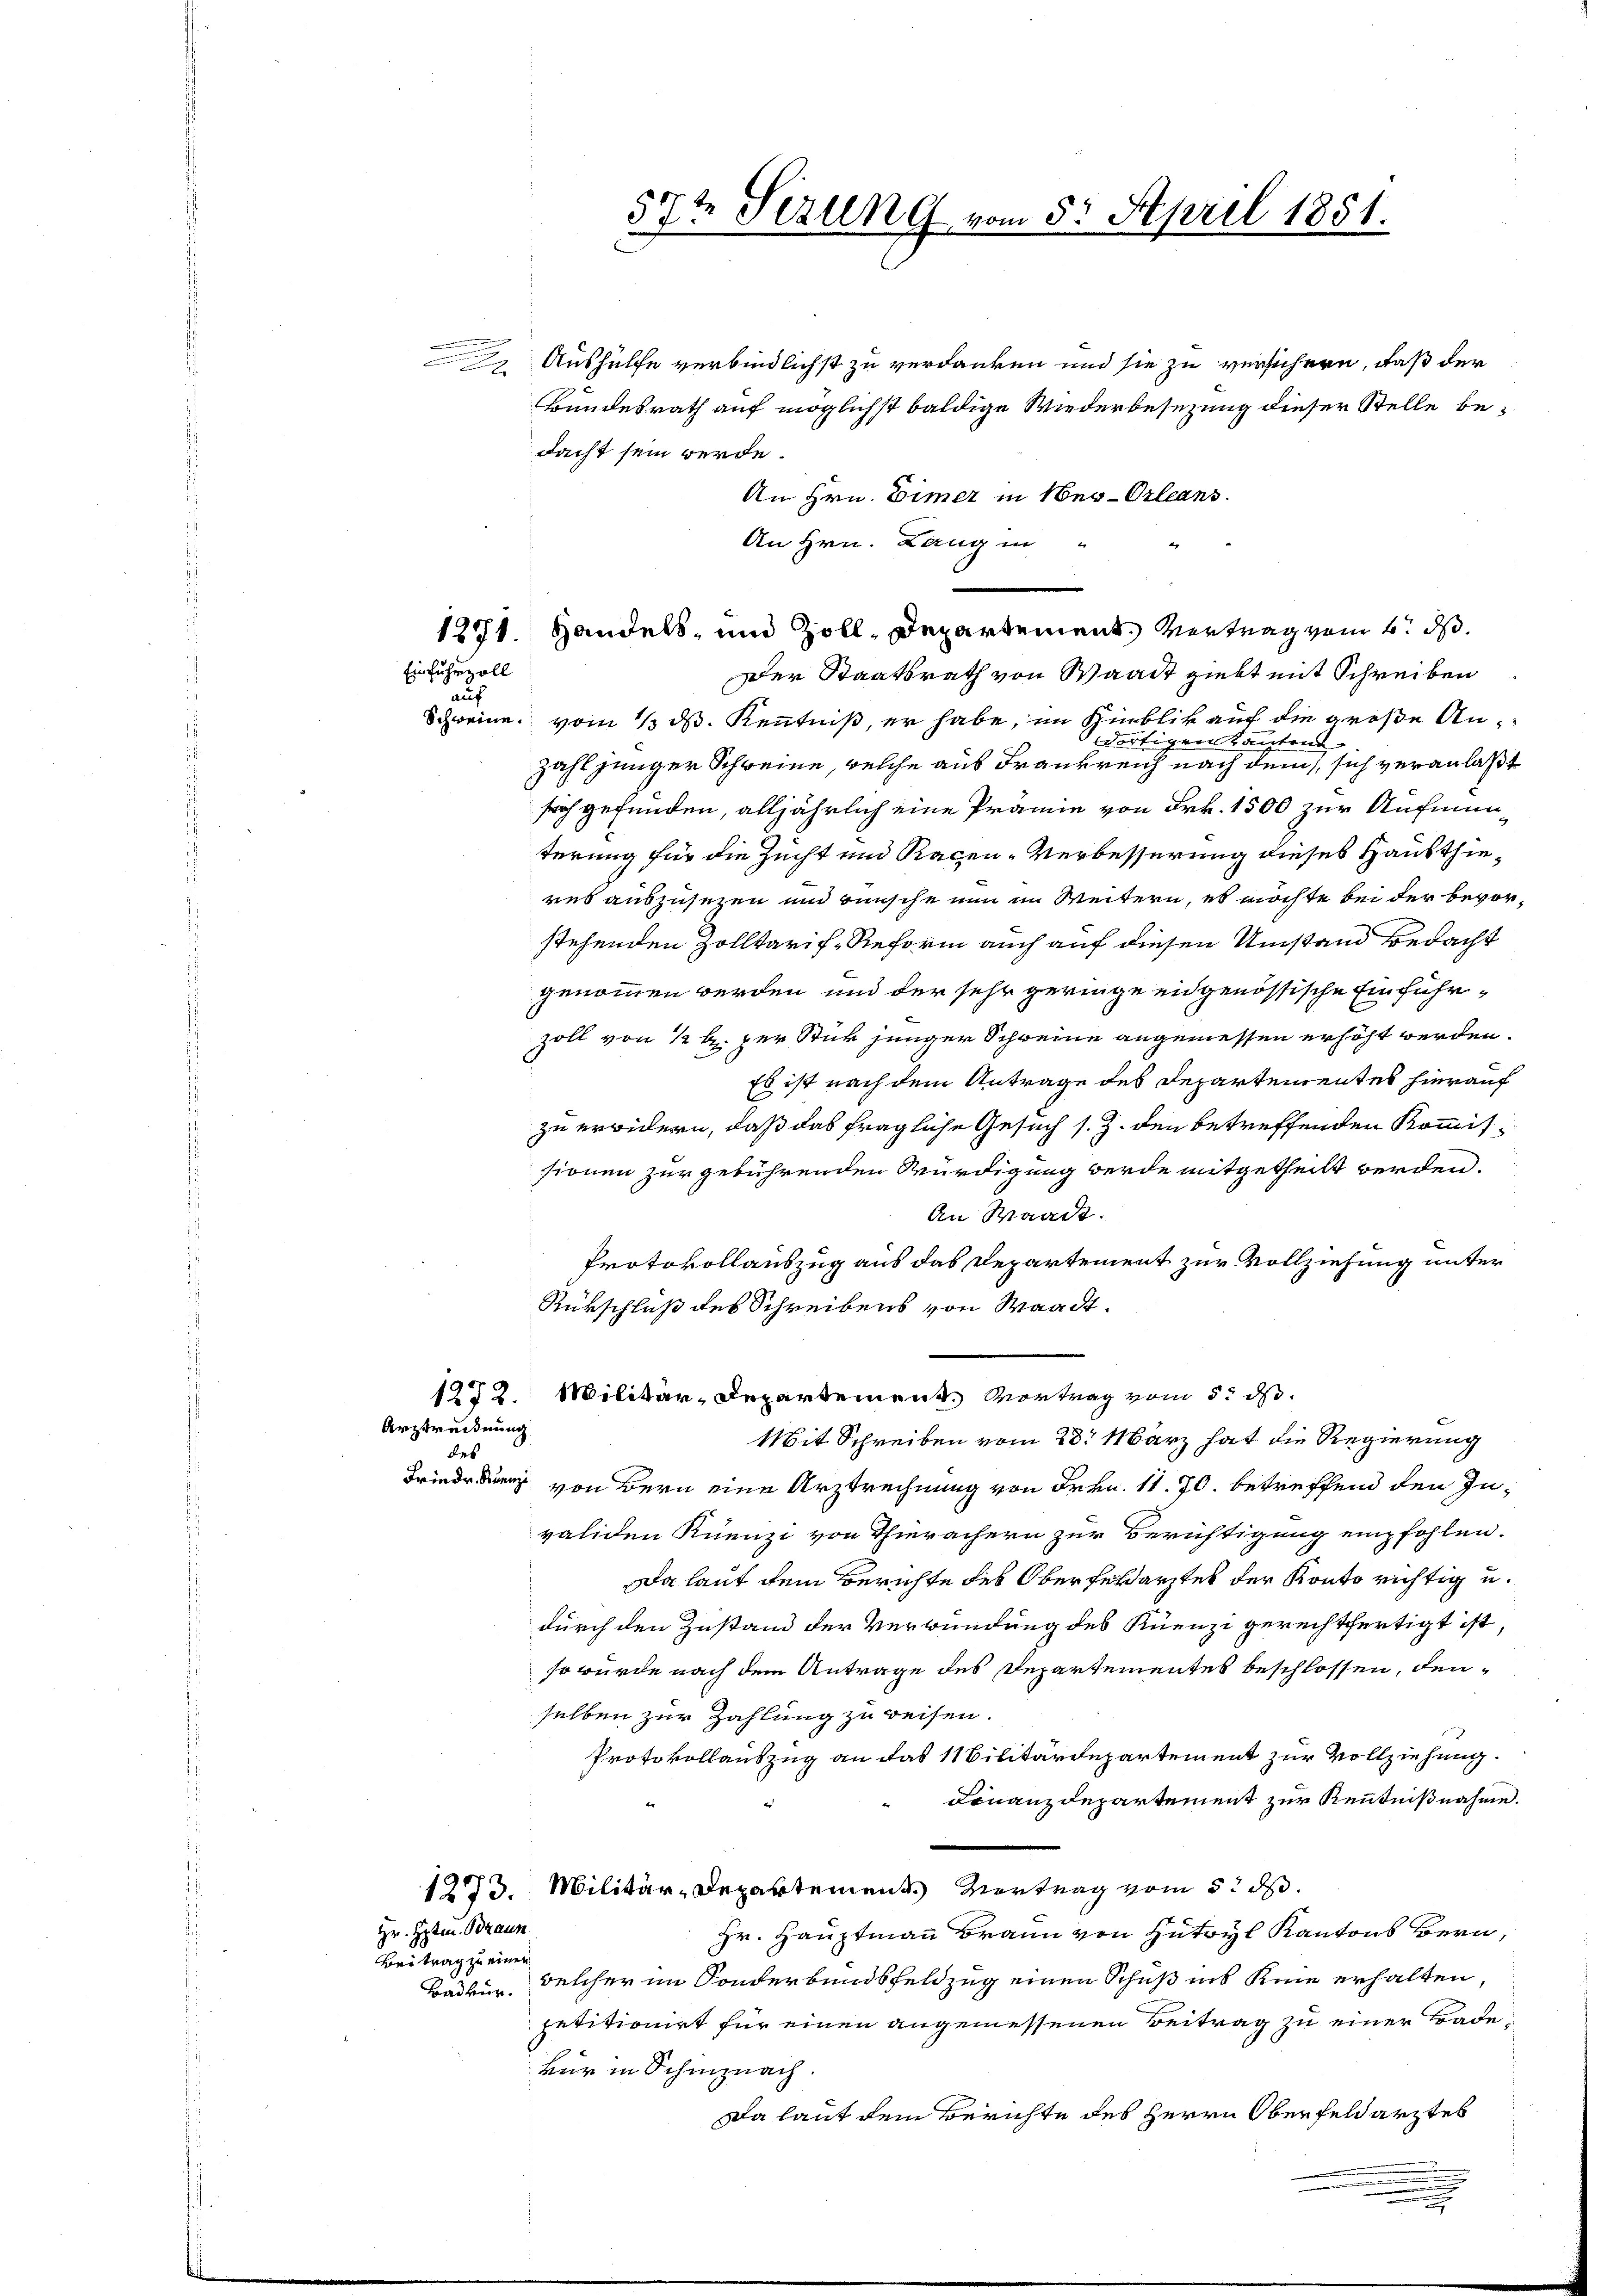
Einfuhrzoll

auf

u
 Aushülfe verbindlichst zu verdanken und sie zu versichern, daß der

Bundesrath auf möglichst baldige Wiederbesezung dieser Stelle bedacht sein werde.
An Hrn. Eimer in Neu-Orleans
Schweine vom 13. ds. Kenntniß, er habe, im Hinblik auf die große Andortigerstautend
zahl junger Schweine, welche aus Frankreich nach dem sich veranlaßt
sich gefunden, alljährlich eine Prämie von Frk. 1500 zur Aufmunterung für die Zucht und Racen-Verbesserung dieses Hausthieres auszusezen und wünsche nun im Weitern, es möchte bei der bevorstehenden Zolltarif-Reform auch auf diesen Umstand bedacht
genommen werden und der sehr geringe eidgenössische Einführzoll von ½ l. per Stick junger Schweine angemessen erhöht werden.
Es ist nach dem Antrage des Departementes hierauf
zu erwidern, daß das fragliche Gesuch s. Z. den betreffenden Kommissionen zur gebührenden Würdigung werde mitgetheilt werden.
An Waadt.
Protokollauszug aus das Departement zur Vollziehung unter
Rükschluß des Schreibens von Waadt.
1272. Militär-Departement. Vortrag vom 5. ds.
Arztreidnung
Mit Schreiben vom 28. März hat die Regierung
des
Friederung von Bern eine Arztrechnung von Frkn. 11. 70. betreffend den Invaliden Kuenzi von Thierächern zur Berüchtigung empfohlen.
Da laut dem Berichte des Oberberarztes der Konto richtig u.
durch den Zustand der Verwundung des Kienzi gerechtfertigt ist,
so würde nach dem Antrage des Departementes beschlossen, denselben zur Zahlung zu weisen.
Protokollauszug an das 11 Bilitärdepartement zur Vollziehung.
Finanzdepartement zur Kenntnißnahme.
12773. Militär-Departement. Vortrag vom 5. d.
Hr. Peten. Braun
Hr. Hauptmann Brann von Hutryl Kantons Bern
Beitrag zu einen
Badlin, welcher im Sonderbandsfeldzug einen Schuß ins Kinne erhalten,
petitionirt für einen angemessenen Beitrag zu einer Bade¬
Bür in Schinznach.
Da laut dem Berichte des Herrn Oberfeldarztes

An Hrn. Lang in
1271. Handels- und Zoll-Departement, Vertrag vom 6. d.
Der Staatsrath von Waadt giebt mit Schreiben

57t Sezung vom 5. April 1851.